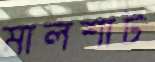
মালশাট